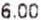
6.00